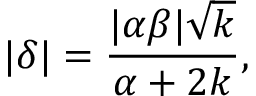
| \delta | = \frac { | \alpha \beta | \sqrt { k } } { \alpha + 2 k } ,